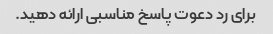
برای رد دعوت پاسخ مناسبی ارائه دهید.